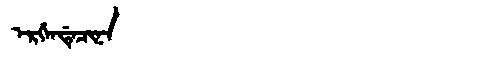
Manchu: ᡝᡵᡤᡝᠨᡩᡝᠴᡳᠨᠠ
Romanization: ERGENDECINA